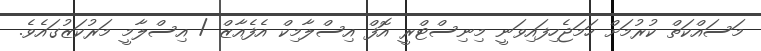
މަސައްކަތް ކުރުމަށް ހަމަޖެހިފައިވަނީ މިނިސްޓްރީ އޮފް އިސްލާމިކް އެފެއާޒް / އިސްލާމީ މަރުކަޒުގައެވެ.